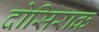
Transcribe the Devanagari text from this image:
दोसिराक